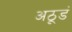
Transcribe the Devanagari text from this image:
अठूडं